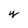
Character: y